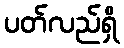
ပတ်လည်ရှိ